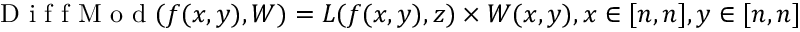
\mathrm { ~ D ~ i ~ f ~ f ~ M ~ o ~ d ~ } ( f ( x , y ) , W ) = L ( f ( x , y ) , z ) \times W ( x , y ) , x \in [ n , n ] , y \in [ n , n ]